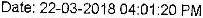
DATE: 22-03-2018 04:01:20 PM